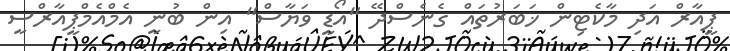
ޕީއާރް އަދި މާކެޓިން ޚަބަރުތައް ގެނެސްދޭ "އޯޑީ ވަޔާސް" އިން ބުނީ އެމްއެމްޕީއާރްސީ